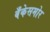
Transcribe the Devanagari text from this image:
बँकेसमोर